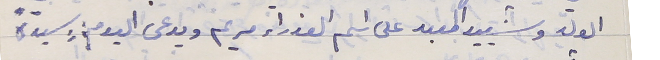
الولد وشييد المعبد على اسم العذراء مريم ويدعى اليوم : سيدَة